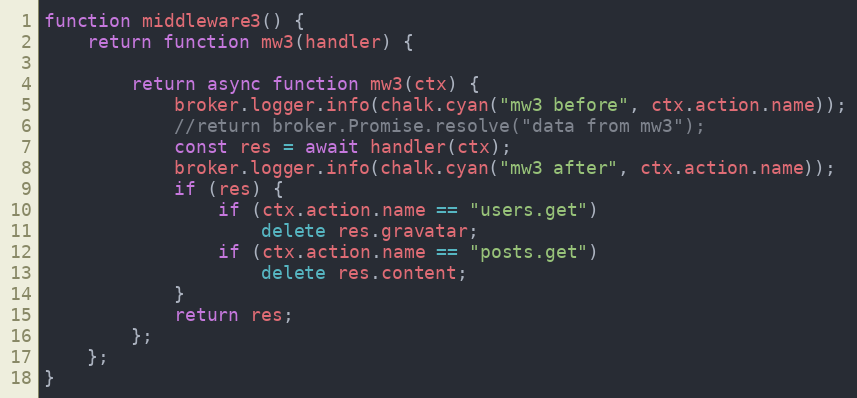
Language: JavaScript
function middleware3() {
	return function mw3(handler) {

		return async function mw3(ctx) {
			broker.logger.info(chalk.cyan("mw3 before", ctx.action.name));
			//return broker.Promise.resolve("data from mw3");
			const res = await handler(ctx);
			broker.logger.info(chalk.cyan("mw3 after", ctx.action.name));
			if (res) {
				if (ctx.action.name == "users.get")
					delete res.gravatar;
				if (ctx.action.name == "posts.get")
					delete res.content;
			}
			return res;
		};
	};
}